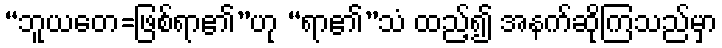
“ဘူယတေ=ဖြစ်ရာ၏”ဟု “ရာ၏”သံ ထည့်၍ အနက်ဆိုကြသည်မှာ